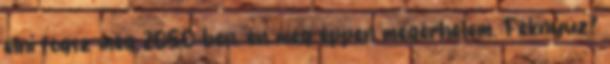
élni fogsz még 2050-ben, én még éppen megérhetem. Féknyúz?